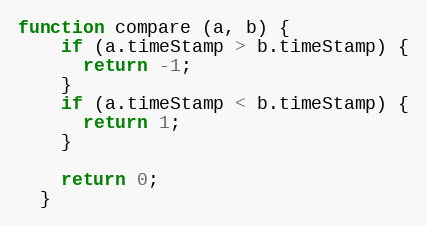
Language: JavaScript
function compare (a, b) {
    if (a.timeStamp > b.timeStamp) {
      return -1;
    }
    if (a.timeStamp < b.timeStamp) {
      return 1;
    }

    return 0;
  }